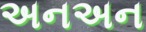
અનઅન